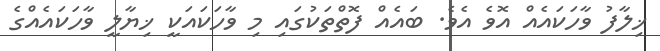
ޚިލާފު ވާހަކައެއް އޮވެ އެވެ. ބައެއް ފޮތްތަކުގައި މި ވާހަކައަކީ ޚިޔާލީ ވާހަކައެއްގެ